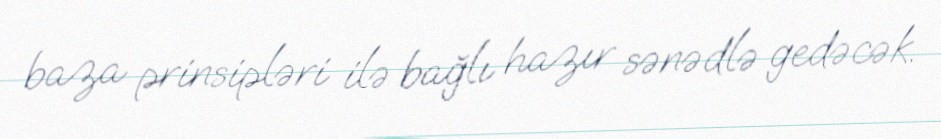
baza prinsipləri ilə bağlı hazır sənədlə gedəcək.